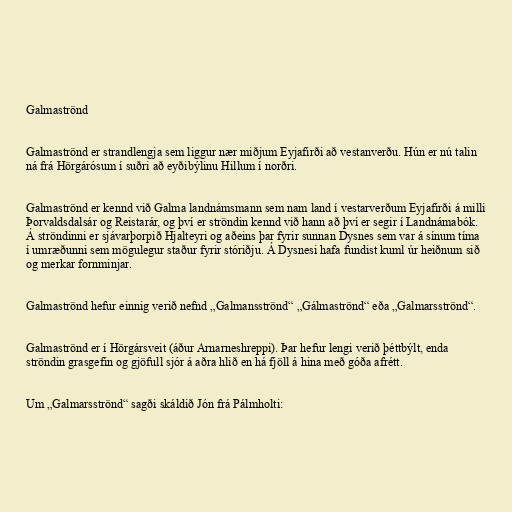
Galmaströnd

Galmaströnd er strandlengja sem liggur nær miðjum Eyjafirði að vestanverðu. Hún er nú talin
ná frá Hörgárósum í suðri að eyðibýlinu Hillum í norðri.

Galmaströnd er kennd við Galma landnámsmann sem nam land í vestarverðum Eyjafirði á milli
Þorvaldsdalsár og Reistarár, og því er ströndin kennd við hann að því er segir í Landnámabók.
Á ströndinni er sjávarþorpið Hjalteyri og aðeins þar fyrir sunnan Dysnes sem var á sínum tíma
í umræðunni sem mögulegur staður fyrir stóriðju. Á Dysnesi hafa fundist kuml úr heiðnum sið
og merkar fornminjar.

Galmaströnd hefur einnig verið nefnd „Galmansströnd“ „Gálmaströnd“ eða „Galmarsströnd“.

Galmaströnd er í Hörgársveit (áður Arnarneshreppi). Þar hefur lengi verið þéttbýlt, enda
ströndin grasgefin og gjöfull sjór á aðra hlið en há fjöll á hina með góða afrétt.

Um „Galmarsströnd“ sagði skáldið Jón frá Pálmholti: